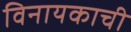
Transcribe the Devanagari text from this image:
विनायकाची